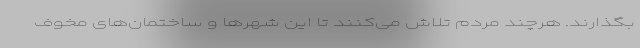
بگذارند. هرچند مردم تلاش می‌کنند تا این شهر‌ها و ساختمان‌های مخوف